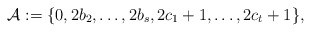
\begin{align*}\mathcal{A}:=\{0,2b_2,\ldots,2b_s,2c_1+1,\ldots,2c_t+1\}, \end{align*}